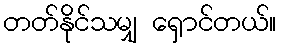
တတ်နိုင်သမျှ ရှောင်တယ်။